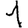
Digit: 1